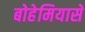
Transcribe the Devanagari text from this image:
बोहेमियासे